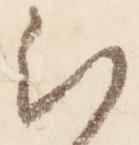
被